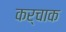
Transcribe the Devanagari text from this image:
कर्चाक